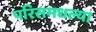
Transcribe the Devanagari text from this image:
परिसमधल्या